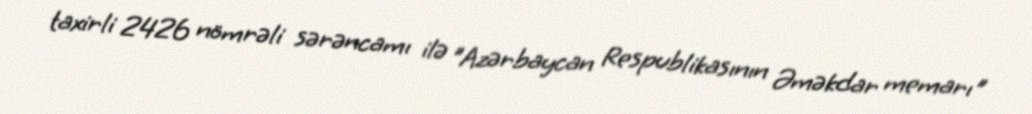
taxirli 2426 nömrəli sərəncamı ilə "Azərbaycan Respublikasının Əməkdar memarı"